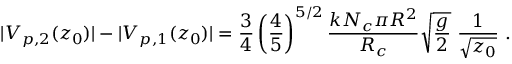
| V _ { p , 2 } ( z _ { 0 } ) | - | V _ { p , 1 } ( z _ { 0 } ) | = \frac { 3 } { 4 } \left( \frac { 4 } { 5 } \right) ^ { 5 / 2 } \frac { k N _ { c } \pi R ^ { 2 } } { R _ { c } } \sqrt { \frac { g } { 2 } } \, \, \frac { 1 } { \sqrt { z _ { 0 } } } \, \, .